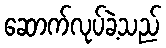
ဆောက်လုပ်ခဲ့သည်